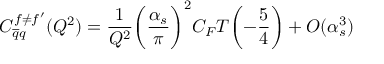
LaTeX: C _ { \overline { { { q } } } q } ^ { f \neq f ^ { \prime } } ( Q ^ { 2 } ) = \frac { 1 } { Q ^ { 2 } } \biggl ( \frac { \alpha _ { s } } { \pi } \biggr ) ^ { 2 } C _ { F } T \biggl ( - \frac { 5 } { 4 } \biggr ) + O ( \alpha _ { s } ^ { 3 } )